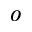
^ o